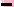
Text: -